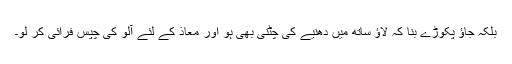
بلکہ جاؤ پکوڑے بنا کہ لاؤ ساتھ میں دھنیے کی چٹنی بھی ہو اور معاذ کے لئے آلو کی چپس فرائی کر لو۔